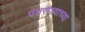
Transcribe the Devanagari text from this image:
पंधराव्याच्या